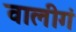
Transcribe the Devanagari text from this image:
वालीगं